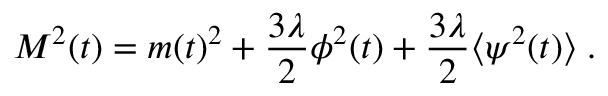
M ^ { 2 } ( t ) = m ( t ) ^ { 2 } + \frac { 3 \lambda } { 2 } \phi ^ { 2 } ( t ) + \frac { 3 \lambda } { 2 } \langle \psi ^ { 2 } ( t ) \rangle \; .